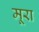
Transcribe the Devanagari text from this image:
मूरा